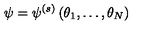
\psi = \psi ^ { ( s ) } \left( \theta _ { 1 } , \dots , \theta _ { N } \right)